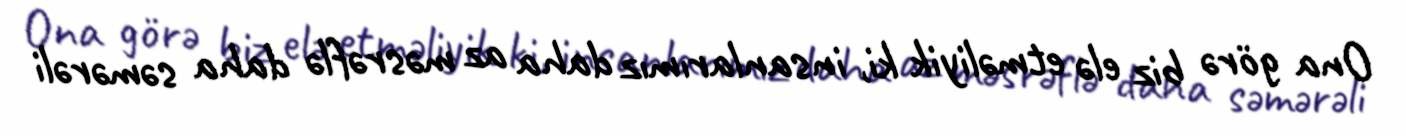
Ona görə biz elə etməliyik ki, insanlarımız daha az məsrəflə daha səmərəli